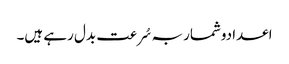
اعدادوشمار بہ سُرعت بدل رہے ہیں۔